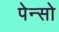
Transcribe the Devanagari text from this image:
पेन्सो